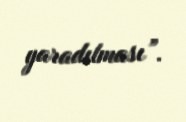
yaradılması”.